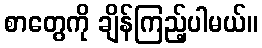
စာတွေကို ချိန်ကြည့်ပါမယ်။